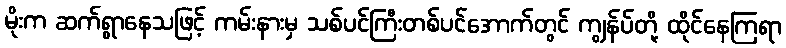
မိုးက ဆက်ရွာနေသဖြင့် ကမ်းနားမှ သစ်ပင်ကြီးတစ်ပင်အောက်တွင် ကျွန်ပ်တို့ ထိုင်နေကြရာ